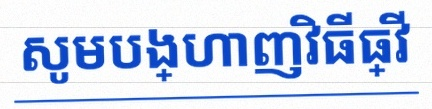
សូមបង្ហាញវិធីធ្វើ